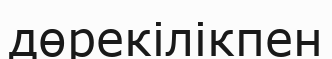
дөрекілікпен